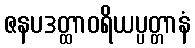
ဇနပဒတ္ထာဝရိယပ္ပတ္တာနံ